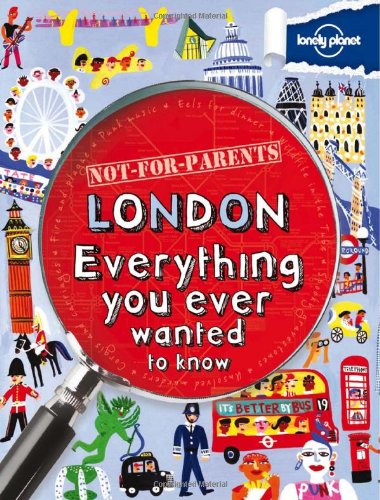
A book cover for Not For Parents London: Everything You Ever Wanted to Know (Lonely Planet Not for Parents London); Lonely Planet; Children's Books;